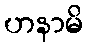
ဟနာမိ